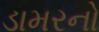
ડામરનો